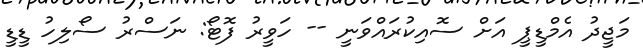
މަޖީދު އެމްޑީޕީ އަށް ސޮއިކުރައްވަނީ -- ހަވީރު ފޮޓޯ: ނަސްރު ސޯލިހު ޑީޑީ